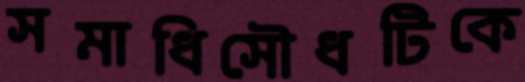
সমাধিসৌধটিকে